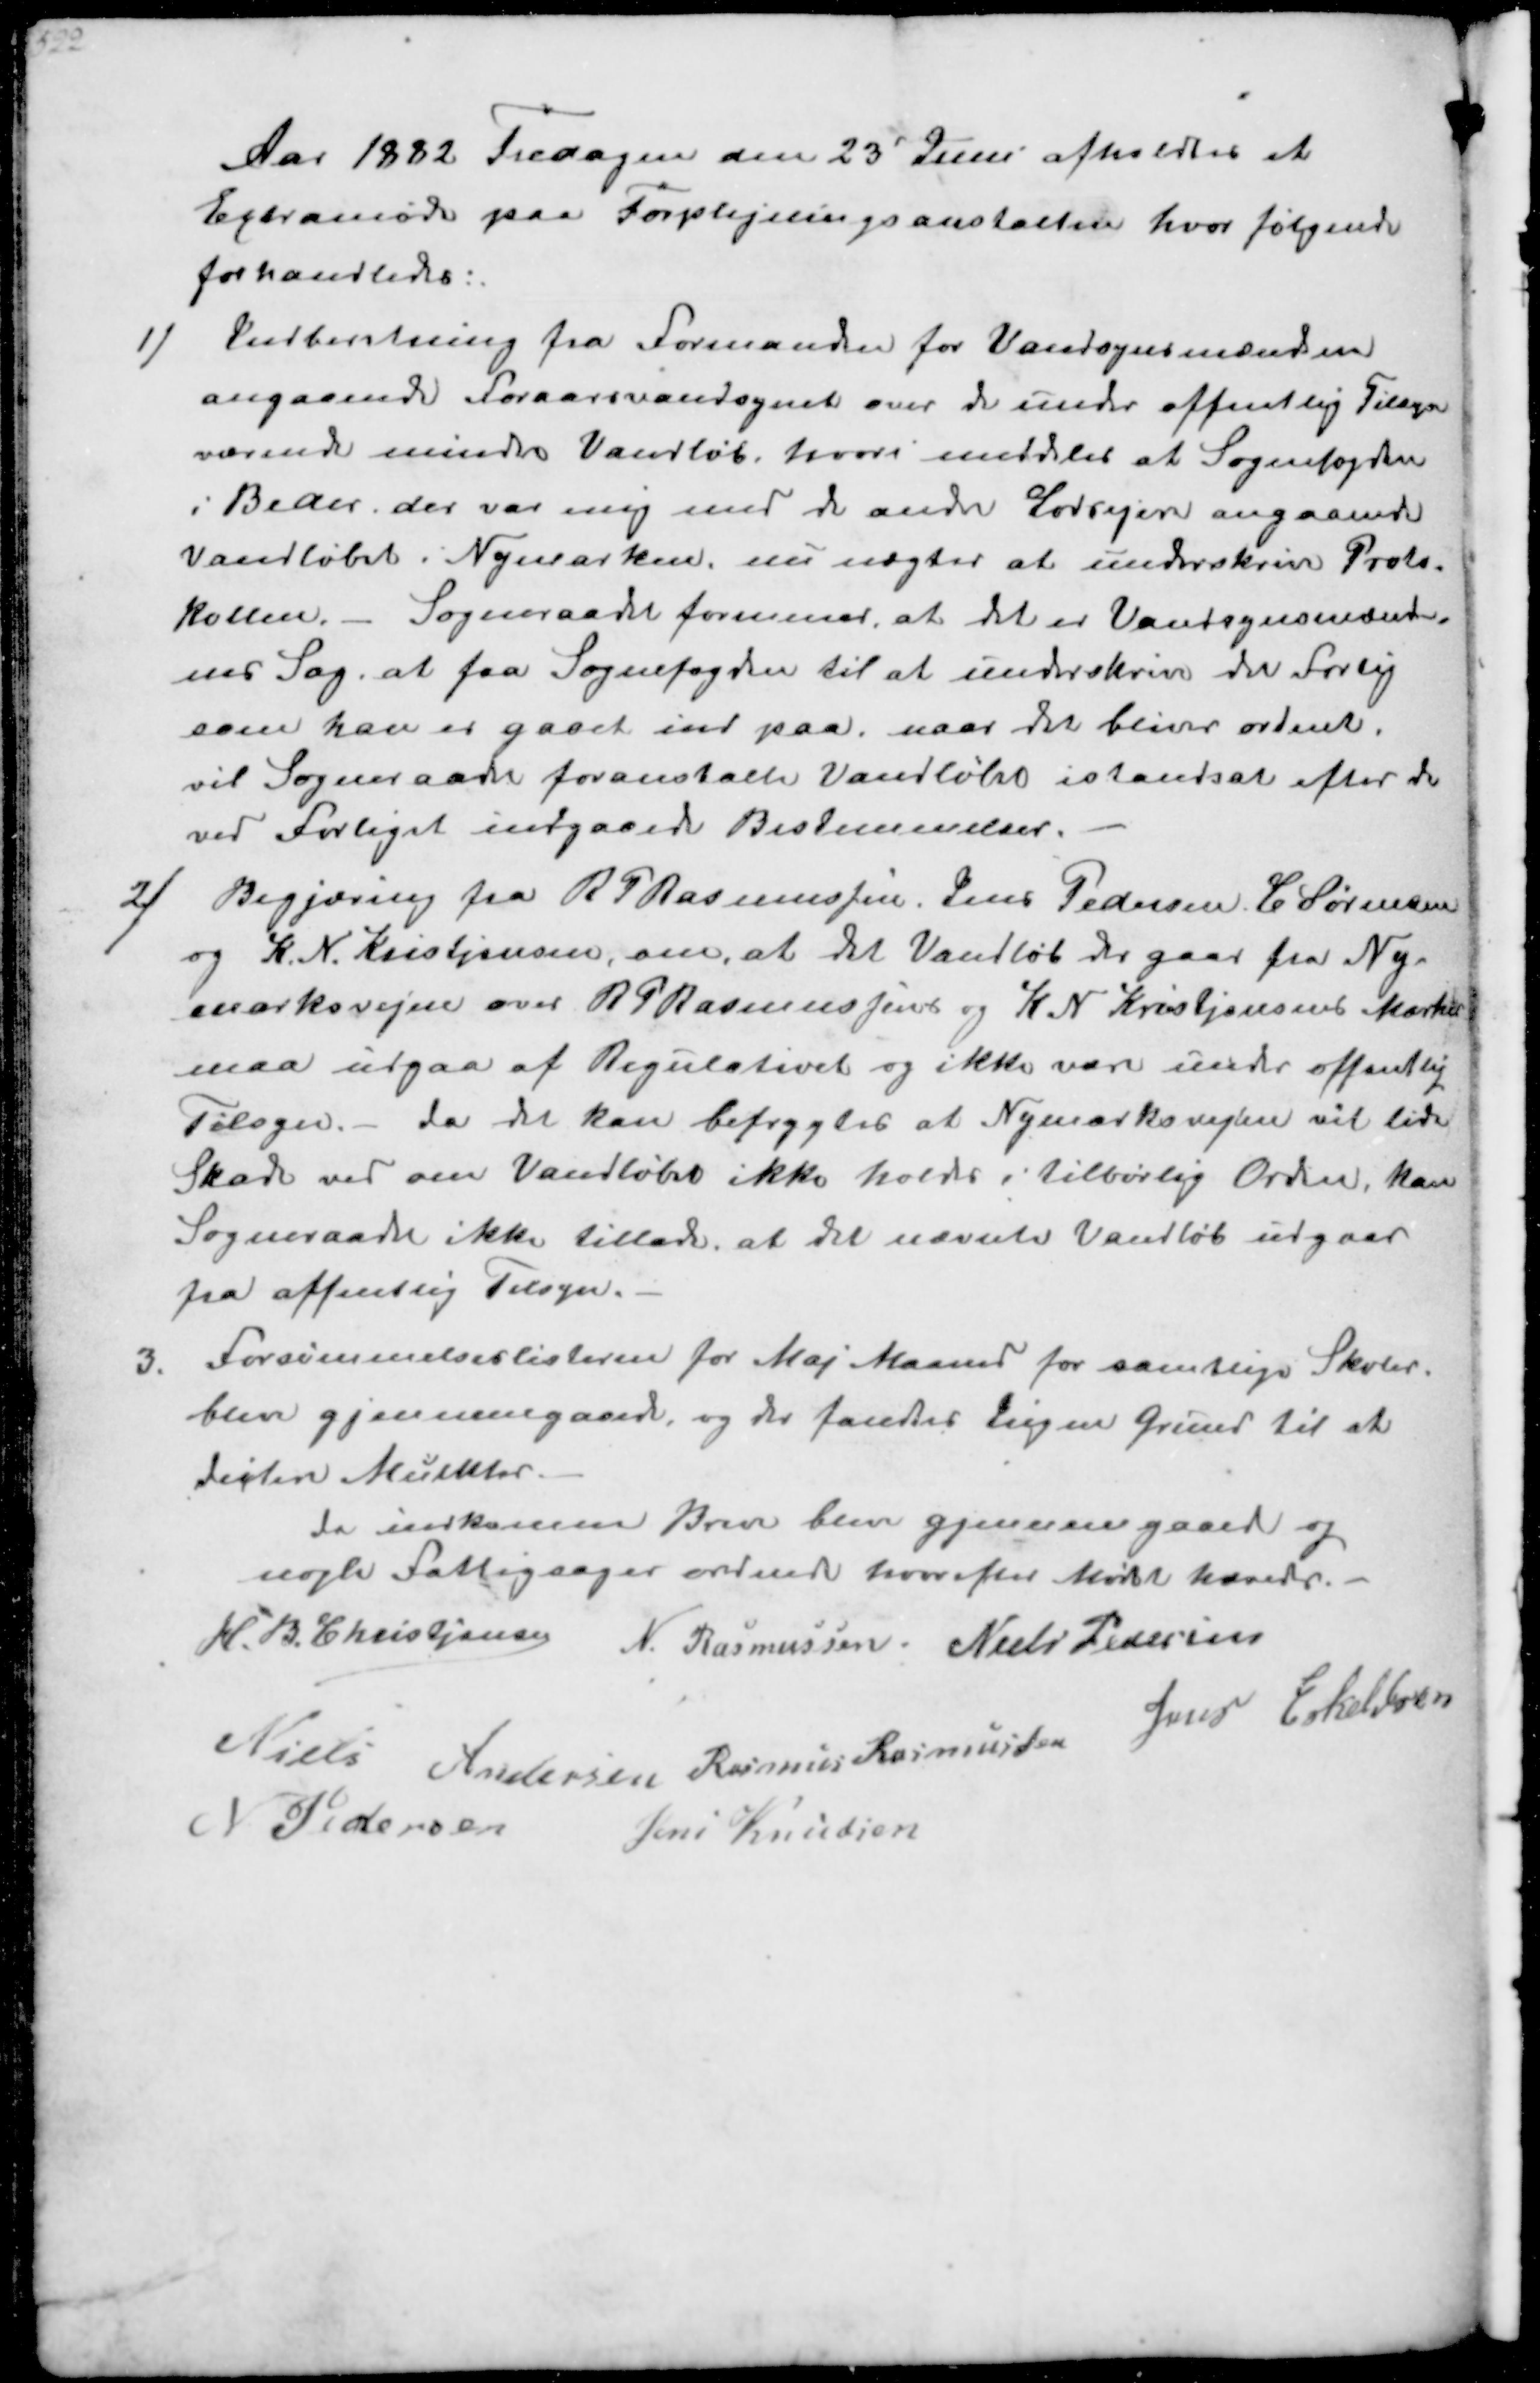
Transskription:
Aar 1832 Fredagen den 23 Juni afholdtes at
Extramøde paa Forplejningsanstalten hvor følgende
forhandleds:
1/
Indberetning fra Formanden for Vandsynsmænden
angaaende Foraarsvandsynet over de under offentlig Tilsyn
værende mindre Vandløb, hvori meddeles at Sognefogden
i Beder, der var enig med de andre Lodsejere angaaende
Vandløbet i Nymarken. nu nægter at underskrive Proto-
kollen. - Sogneraadet formener, at det er Vandsynsmænde-
nes Sag at faa Sognefogden til at underskrive det Forlig
som han er gaaet ind paa, naar det bliver ordnet.
vil Sogneraadet foranstalte Vandløbet istandsat efter de
ved Forligst indgaaede Bestemmelser.
2/
Begjæring fra R P Rasmussen. Jens Pedersen E Sørensen
og K. N. Kristjansen, om, at det Vandløb der gaar fra Ny-
marksvejen over R P Rasmussens og K N Kristjansens Marker
maa udgaa af Regulativet og ikke vare under offentlig
Tilsyn. - da det kan befrygtes at Nymarksvejen vil lide
Skade ved om Vandløbet ikke holdes i tilbørlig Orden, kan
Sogneraadet ikke tillade, at det nævnte Vandløb udgaar
fra offentlig Tilsyn.
3.
Forsømmelseslisterne for Maj Maaned for samtlige Skoler.
blev gjennemgaaede, og der fandtes ingen Grund til at
dictere Mulkter
de indkomen Breve blev gjennemgaaet og
nogle Fattigsager ordnet hvorefter Mødet hævet.
H. B. Christjansen
N. Rasmussen
Niels Pedersen
Niels Andersen
Rasmus Rasmussen
Jens Eskildsen
N Pedersen
Jens Knudsen